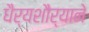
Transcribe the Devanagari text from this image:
धैर्यशौर्याने